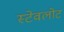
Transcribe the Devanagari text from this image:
स्टेवलोट